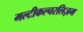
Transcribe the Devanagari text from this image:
मल्टीकल्चरलिज़म